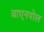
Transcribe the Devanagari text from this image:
वाएनपोल